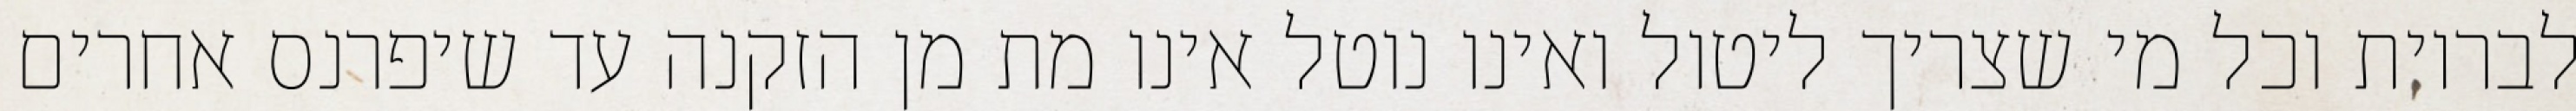
לבריות וכל מי שצריך ליטול ואינו נוטל אינו מת מן הזקנה עד שיפרנס אחרים